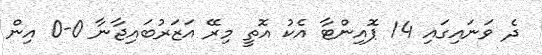
ދެ ވަނައިގައި 14 ޕޮއިންޓާ އެކު އޮތީ މިރޭ އަޒަރުބައިޖާނާ 0-0 އިން